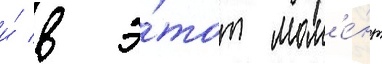
и́ в э́тот мом'е́нт